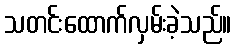
သတင်းထောက်လှမ်းခဲ့သည်။